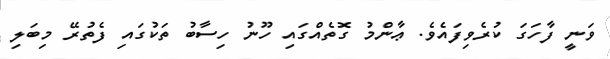
ވަނީ ފާހަގަ ކުރެވިފައެވެ. ޢާންމު ގޮތެއްގައި ހޫނު ހިސާބު ތަކުގައި ފެތުރޭ މިބަލި